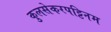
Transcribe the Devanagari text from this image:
कुलसेकरपट्टिनम